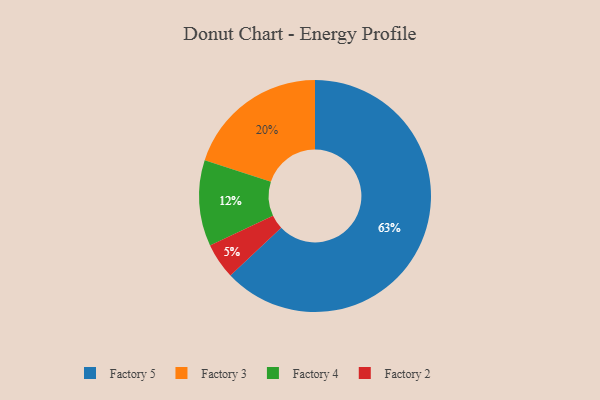
{"axis": {"x": "Category", "y": "Percentage"}, "legend": ["Factory 2", "Factory 3", "Factory 4", "Factory 5"], "data": [{"x": "Factory 5", "y": 63, "type": "Factory 5"}, {"x": "Factory 2", "y": 5, "type": "Factory 2"}, {"x": "Factory 3", "y": 20, "type": "Factory 3"}, {"x": "Factory 4", "y": 12, "type": "Factory 4"}]}